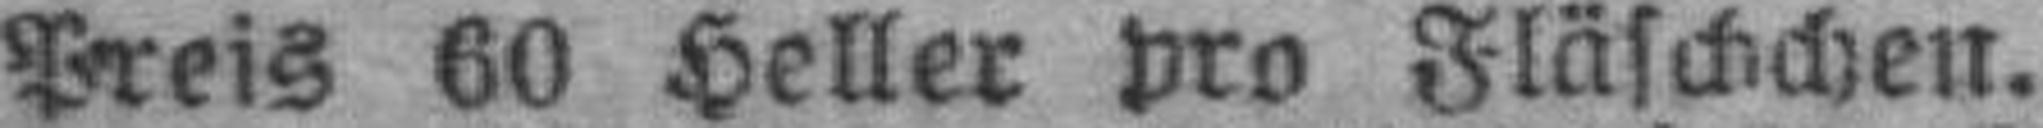
Preis 60 Heller pro Fläschchen.